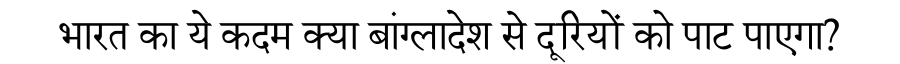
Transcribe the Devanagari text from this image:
भारत का ये कदम क्या बांग्लादेश से दूरियों को पाट पाएगा?